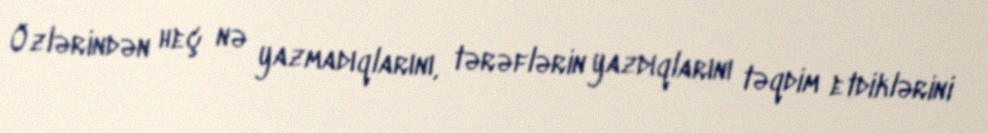
Özlərindən heç nə yazmadıqlarını, tərəflərin yazdıqlarını təqdim etdiklərini